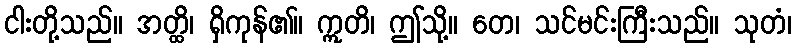
ငါးတို့သည်။ အတ္ထိ၊ ရှိကုန်၏။ ဣတိ၊ ဤသို့။ တေ၊ သင်မင်းကြီးသည်။ သုတံ၊